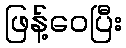
ဖြန့်ဝေပြီး